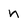
Character: n